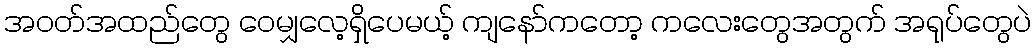
အဝတ်အထည်တွေ ဝေမျှလေ့ရှိပေမယ့် ကျနော်ကတော့ ကလေးတွေအတွက် အရုပ်တွေပဲ